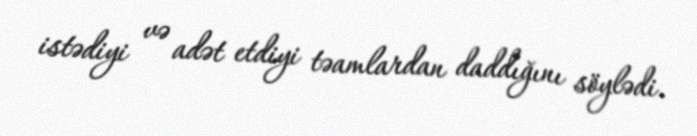
istədiyi və adət etdiyi təamlardan daddığını söylədi.